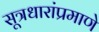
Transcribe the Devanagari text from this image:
सूत्रधारांप्रमाणे